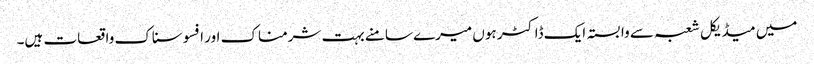
میں میڈیکل شعبہ سے وابستہ ایک ڈاکٹر ہوں میرے سامنے بہت شرمناک اور افسوسناک واقعات ہیں۔